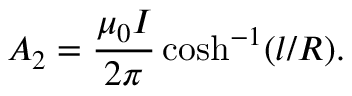
A _ { 2 } = \frac { \mu _ { 0 } I } { 2 \pi } \cosh ^ { - 1 } ( l / R ) .